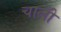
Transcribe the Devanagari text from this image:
चालोँ